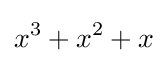
x^{3}+x^{2}+x